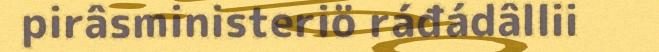
pirâsministeriö ráđádâllii